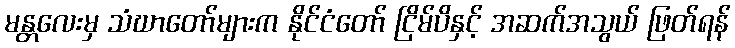
မန္တလေးမှ သံဃာတော်များက နိုင်ငံတော် ငြိမ်ပိနှင့် အဆက်အသွယ် ဖြတ်ရန်